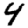
Digit: 4